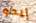
إيكو